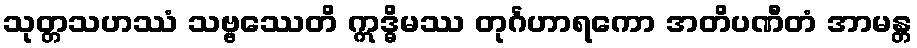
သုတ္တသဟဿံ သဗ္ဗဿေတိ ဣဒ္ဓိမဿ တုင်္ဂဟာရကော အတိပဏီတံ အာမန္တ